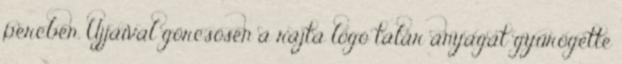
percben. Ujjaival görcsösen a rajta lógó talár anyagát gyűrögette